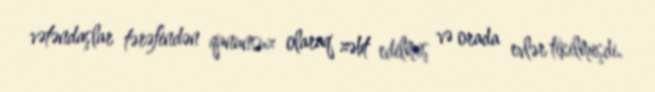
vətəndaşlar tərəfindən qanunsuz olaraq zəbt edilmiş və orada evlər tikilmişdi.